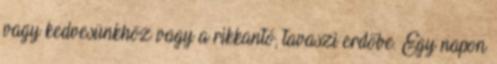
vagy kedvesünkhöz vagy a rikkantó, tavaszi erdőbe. Egy napon